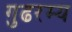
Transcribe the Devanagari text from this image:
गुढरम्य